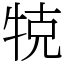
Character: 𤙥